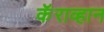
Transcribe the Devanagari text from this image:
कॅराव्हान